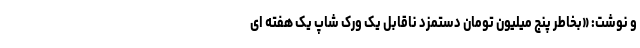
و نوشت: «بخاطر پنج میلیون تومان دستمزد ناقابل یک ورک شاپ یک هفته ای